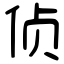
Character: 侦